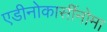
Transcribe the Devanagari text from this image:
एडीनोकार्सीनोमा